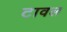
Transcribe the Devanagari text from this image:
टावल